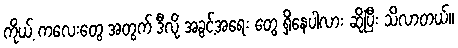
ကိုယ့် ကလေးတွေ အတွက် ဒီလို အခွင့်အရေး တွေ ရှိနေပါလား ဆိုပြီး သိလာတယ်။